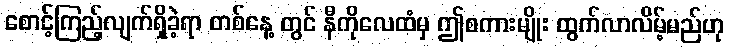
စောင့်ကြည့်လျက်ရှိခဲ့ရာ တစ်နေ့ တွင် နီကိုလေထံမှ ဤစကားမျိုး ထွက်လာလိမ့်မည်ဟု